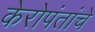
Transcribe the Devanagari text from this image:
केरोपंतांचे